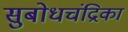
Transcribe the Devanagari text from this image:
सुबोधचंद्रिका